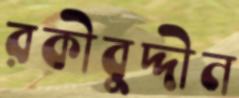
রকীবুদ্দীন